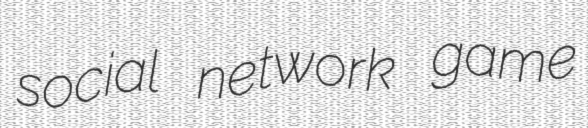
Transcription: social network game